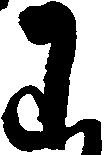
わ